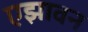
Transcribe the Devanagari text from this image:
एझावन